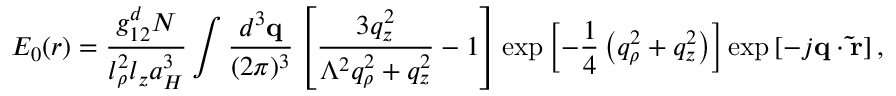
E _ { 0 } ( \boldsymbol { r } ) = \frac { g _ { 1 2 } ^ { d } N } { l _ { \rho } ^ { 2 } l _ { z } a _ { H } ^ { 3 } } \int \frac { d ^ { 3 } \mathbf { q } } { ( 2 \pi ) ^ { 3 } } \left[ \frac { 3 q _ { z } ^ { 2 } } { \Lambda ^ { 2 } q _ { \rho } ^ { 2 } + q _ { z } ^ { 2 } } - 1 \right] \exp \left[ - \frac { 1 } { 4 } \left( q _ { \rho } ^ { 2 } + q _ { z } ^ { 2 } \right) \right] \exp \left[ - j \mathbf { q } \cdot \mathbf { \tilde { r } } \right] ,